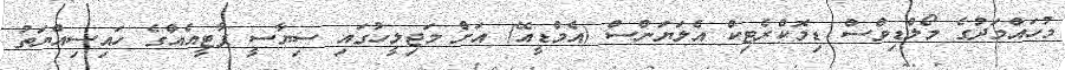
މުހައްމަދުގެ މޯލްޑިވްސް ޑިމޮކްރެޓިކް އެލަޔަންސް (އެމްޑީއޭ) އަށް މަޖިލީހުގައި ސިޔާސީ ޕާޓީއެއްގެ ހައިސިއްޔަތު